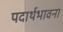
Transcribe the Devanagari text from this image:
पदार्थभावना